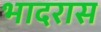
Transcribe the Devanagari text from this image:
भादरास